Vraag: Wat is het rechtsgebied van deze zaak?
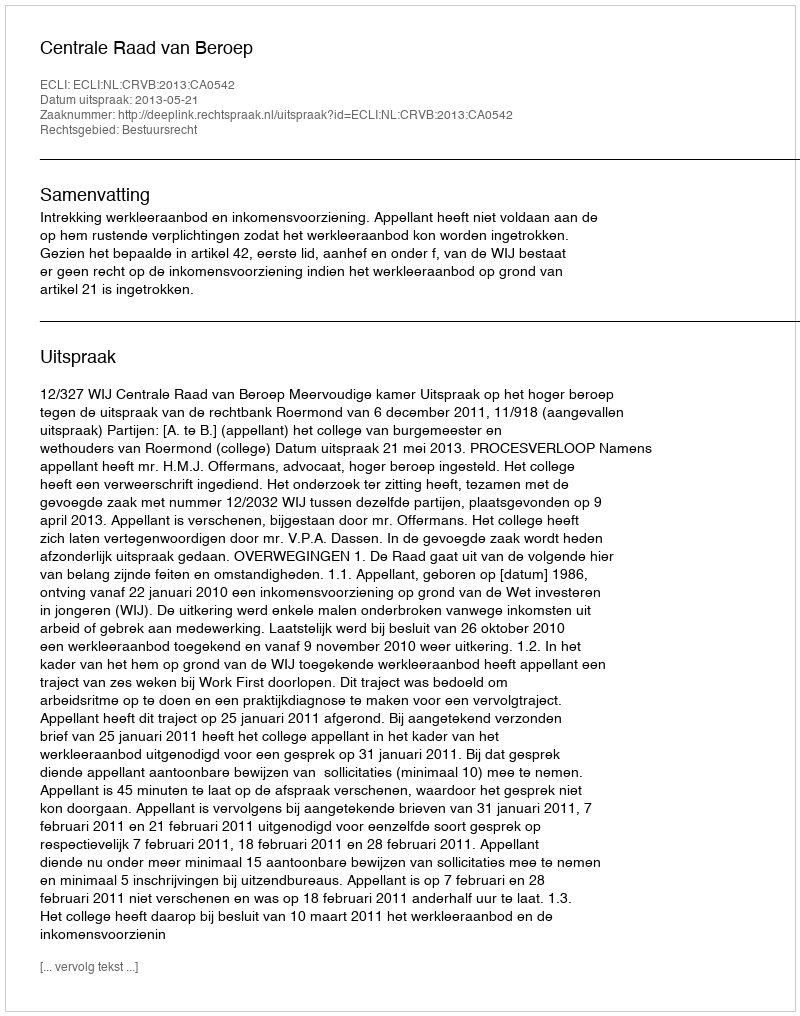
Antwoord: Bestuursrecht